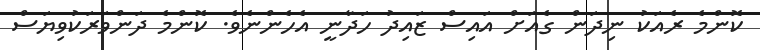
ކޮންމެ ރެއަކު ނިދަން ގެއަށް އައިސް ޒައިދު ހަދާނީ އެހެންނެވެ. ކޮންމެ ދަންވަރަކުވިޔަސް